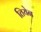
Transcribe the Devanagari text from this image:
तियेन